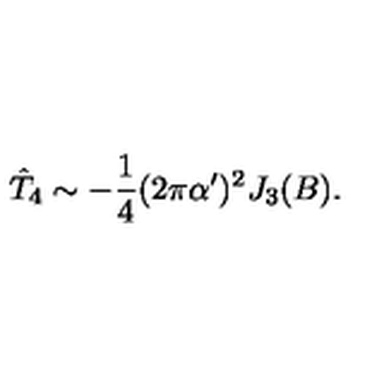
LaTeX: \hat { T } _ { 4 } \sim - \frac { 1 } { 4 } ( 2 \pi \alpha ^ { \prime } ) ^ { 2 } J _ { 3 } ( B ) .